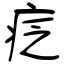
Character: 疺